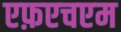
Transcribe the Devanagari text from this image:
एफ़एचएम